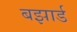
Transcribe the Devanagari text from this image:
बझार्ड